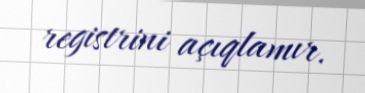
registrini açıqlamır.